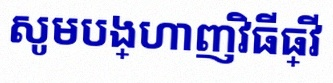
សូមបង្ហាញវិធីធ្វើ